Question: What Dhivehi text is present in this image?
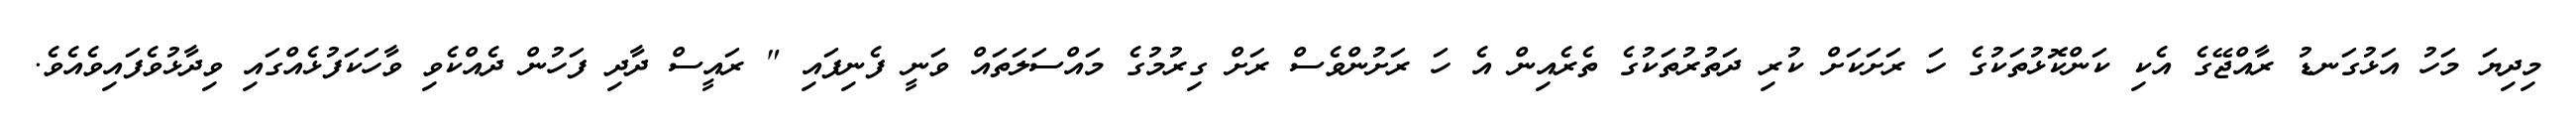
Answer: މިދިޔަ މަހު އަޅުގަނޑު ރާއްޖޭގެ އެކި ކަންކޮޅުތަކުގެ ހަ ރަށަކަށް ކުރި ދަތުރުތަކުގެ ތެރެއިން އެ ހަ ރަށުންވެސް ރަށް ގިރުމުގެ މައްސަލަތައް ވަނީ ފެނިފައި " ރައީސް ދާދި ފަހުން ދެއްކެވި ވާހަކަފުޅެއްގައި ވިދާޅުވެފައިވެއެވެ.